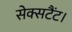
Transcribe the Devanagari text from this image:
सेक्सटैंट।